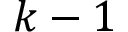
k - 1